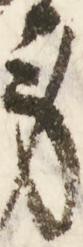
身